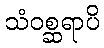
သံဝစ္ဆရာပိ